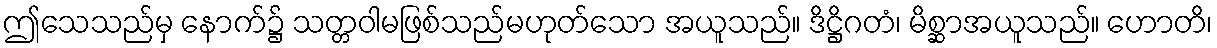
ဤသေသည်မှ နောက်၌ သတ္တဝါမဖြစ်သည်မဟုတ်သော အယူသည်။ ဒိဋ္ဌိဂတံ၊ မိစ္ဆာအယူသည်။ ဟောတိ၊